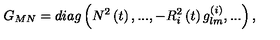
G _ { M N } = d i a g \left( N ^ { 2 } \left( t \right) , . . . , - R _ { i } ^ { 2 } \left( t \right) g _ { l m } ^ { ( i ) } , . . . \right) ,